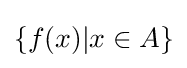
\{f(x)|x\in A\}